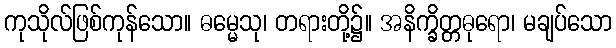
ကုသိုလ်ဖြစ်ကုန်သော။ ဓမ္မေသု၊ တရားတို့၌။ အနိက္ခိတ္တဓုရော၊ မချပ်သော